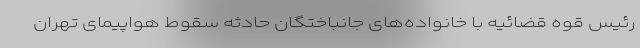
رئیس قوه قضائیه با خانواده‌های جانباختگان حادثه سقوط هواپیمای تهران